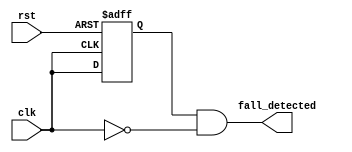
// Register file Data mem   clk   Falling edge detector
//  clk falling edge  1 set   0 set   

module FALLING_EDGE_DETECTOR
(
    input  clk              ,
	input  rst              ,

    output fall_detected
);

    reg clk_q;
    always @(posedge clk or posedge rst)
    begin
        if (rst)
            clk_q <= 1'b1;
        else
            clk_q <= clk;
    end

    assign fall_detected = clk_q & ~clk;  // falling edge (1 -> 0)

endmodule